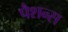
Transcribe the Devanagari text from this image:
पैशन्स